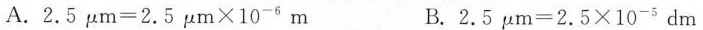
A. $$2 . 5 μ m = 2 . 5 μ m \times 1 0 ^ { - 6 } m$$ B. $$2 . 5 μ m = 2 . 5 \times 1 0 ^ { - 5 } d m$$